Indian journal of veterinary science and animal husbandry - Volume 8,
Year: 1938
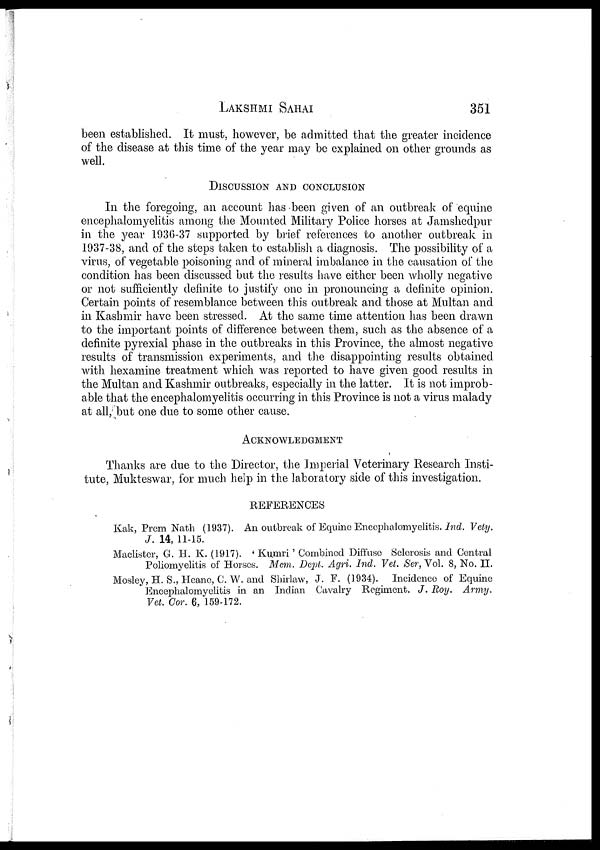
LAKSHMI
SAHAI
351
been established. It must, however, be admitted that the greater incidence
of the disease at this time of the year may be explained on other grounds as
well.
DISCUSSION AND CONCLUSION
In the foregoing, an account has been given of an outbreak of equine
encephalomyelitis among the Mounted Military Police horses at Jamshedpur
in the year 1936-37 supported by brief references to another outbreak in
1937-38, and of the steps taken to establish a diagnosis. The possibility of a
virus, of vegetable poisoning and of mineral imbalance in the causation of the
condition has been discussed but the results have either been wholly negative
or not sufficiently definite to justify one in pronouncing a definite opinion.
Certain points of resemblance between this outbreak and those at Multan and
in Kashmir have been stressed. At the same time attention has been drawn
to the important points of difference between them, such as the absence of a
definite pyrexial phase in the outbreaks in this Province, the almost negative
results of transmission experiments, and the disappointing results obtained
with hexamine treatment which was reported to have given good results in
the Multan and Kashmir outbreaks, especially in the latter. It is not improb-
able that the encephalomyelitis occurring in this Province is not a virus malady
at all, but one due to some other cause.
ACKNOWLEDGMENT
Thanks are due to the Director, the Imperial Veterinary Research Insti-
tute, Mukteswar, for much help in the laboratory side of this investigation.
REFERENCES
Kak, Prem Nath (1937). An outbreak of Equine Encephalomyelitis. Ind. Vety.
J. 14, 11-15.
Maclister, G. H. K. (1917). ' Kumri ' Combined Diffuse Sclerosis and Central
Poliomyelitis of Horses. Mem. Dept. Agri. Ind. Vet. Ser, Vol. 8, No. II.
Mosley, H. S., Heane, C. W. and Shirlaw, J. F. (1934). Incidence of Equine
Encephalomyelitis in an Indian Cavalry Regiment. J. Roy. Army.
Vet. Cor. 6, 159-172.